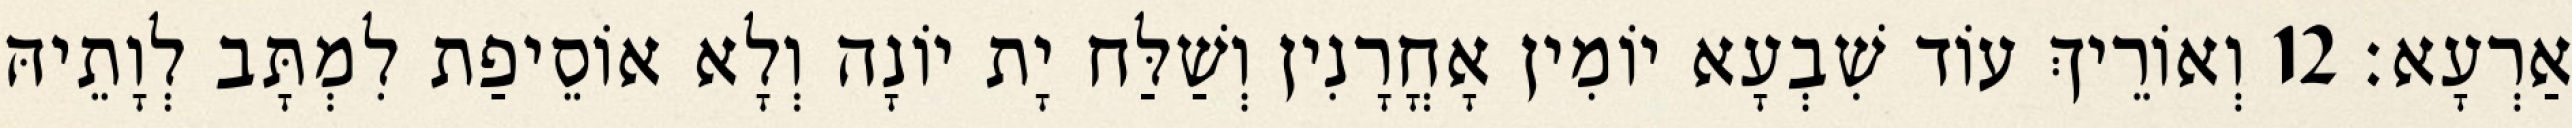
אַרְעָא׃ 12 וְאוֹרֵיךְ עוֹד שִׁבְעָא יוֹמִין אָחֳרָנִין וְשַׁלַּח יָת יוֹנָה וְלָא אוֹסֵיפַת לִמְתָּב לְוָתֵיהּ